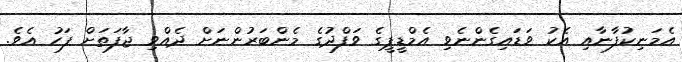
އެމަނިކުފާނާއި އެކު ވަޑައިގެންނެވި އެމްޑީޕީގެ ވަފްދުގެ މެންބަރުންނަށް ދެއްވި ޖާފަތަށް ފަހު އެވެ.